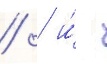
  и́